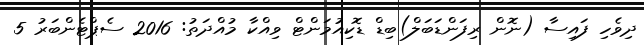
ދިވެހި ފައިސާ (ނޮން ރިފަންޑަބަލް)ބިޑް ޑޮކިއުމަންޓް ވިއްކާ މުއްދަތު: 2016 ސެޕްޓެންބަރު 5